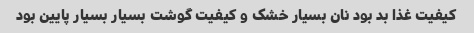
کیفیت غذا بد بود نان بسیار خشک و کیفیت گوشت بسیار بسیار پایین بود